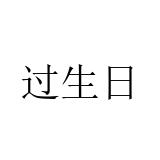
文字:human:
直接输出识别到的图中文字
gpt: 过生日